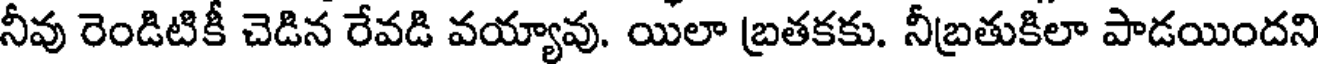
నీవు రెండిటికీ చెడిన రేవడి వయ్యావు. యిలా బ్రతకకు. నీబ్రతుకిలా పాడయిందని